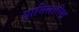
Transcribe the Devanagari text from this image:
ग्रासिलारिया